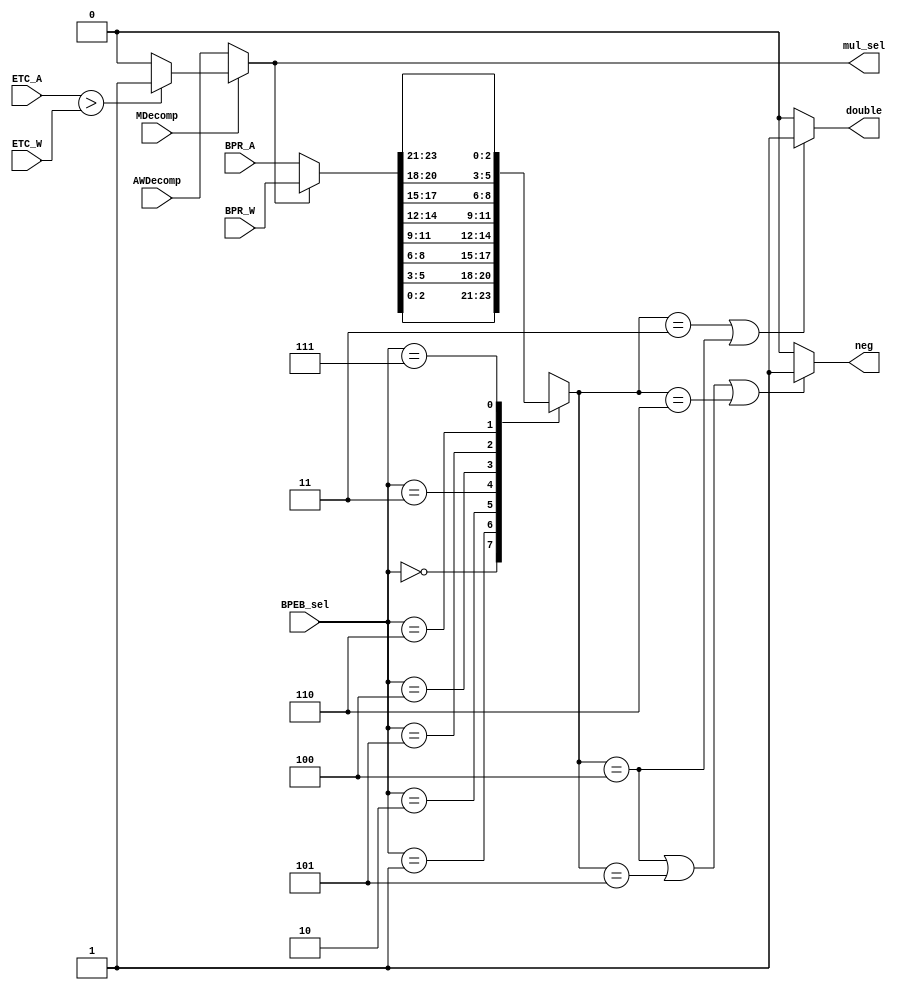
module PAMAC_CP(
	output double, neg, mul_sel,
	input [4-1: 0] ETC_A, ETC_W,
	input [8*3-1: 0] BPR_W, BPR_A,
	input MDecomp,
	input AWDecomp,
	input [3-1: 0] BPEB_sel
);

wire mulwise_mul_sel;
assign mulwise_mul_sel= ETC_A > ETC_W ? 1'b1 : 1'b0;
wire awdecomp_mul_sel;
assign awdecomp_mul_sel = AWDecomp;
assign mul_sel = MDecomp == 1'b1 ? mulwise_mul_sel : awdecomp_mul_sel;
//assign mul_sel = ETC_A > ETC_W ? 1'b1 : 1'b0;

wire [8*3-1: 0] BPR;
assign BPR = mul_sel ? BPR_W : BPR_A;

reg [3-1: 0] current_BPEB;
always@(*) begin
	case(BPEB_sel) 
		3'd0: begin
			current_BPEB = BPR[3*1-1: 3*0];
		end
		3'd1: begin
			current_BPEB = BPR[3*2-1: 3*1];
		end
		3'd2: begin
			current_BPEB = BPR[3*3-1: 3*2];
		end
		3'd3: begin
			current_BPEB = BPR[3*4-1: 3*3];
		end
		3'd4: begin
			current_BPEB = BPR[3*5-1: 3*4];
		end
		3'd5: begin
			current_BPEB = BPR[3*6-1: 3*5];
		end
		3'd6: begin
			current_BPEB = BPR[3*7-1: 3*6];
		end
		3'd7: begin
			current_BPEB = BPR[3*8-1: 3*7];
		end

	endcase
end

assign double = (current_BPEB == 3'b011 || current_BPEB == 3'b100) ? 1'b1 : 1'b0;
assign neg = (current_BPEB == 3'b100 || current_BPEB == 3'b101 || current_BPEB == 3'b110) ? 1'b1 : 1'b0;
endmodule